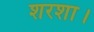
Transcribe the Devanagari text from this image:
शरशा।